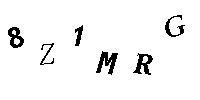
8Z1MRG